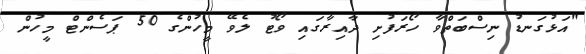
"އަޅުގަނޑު ނިސްބަތްވާ ހޯރަފުށި ދާއިރާގައި ވޯޓު ލެވޭ މީހުންގެ 50 ޕަސެންޓް މީހުން